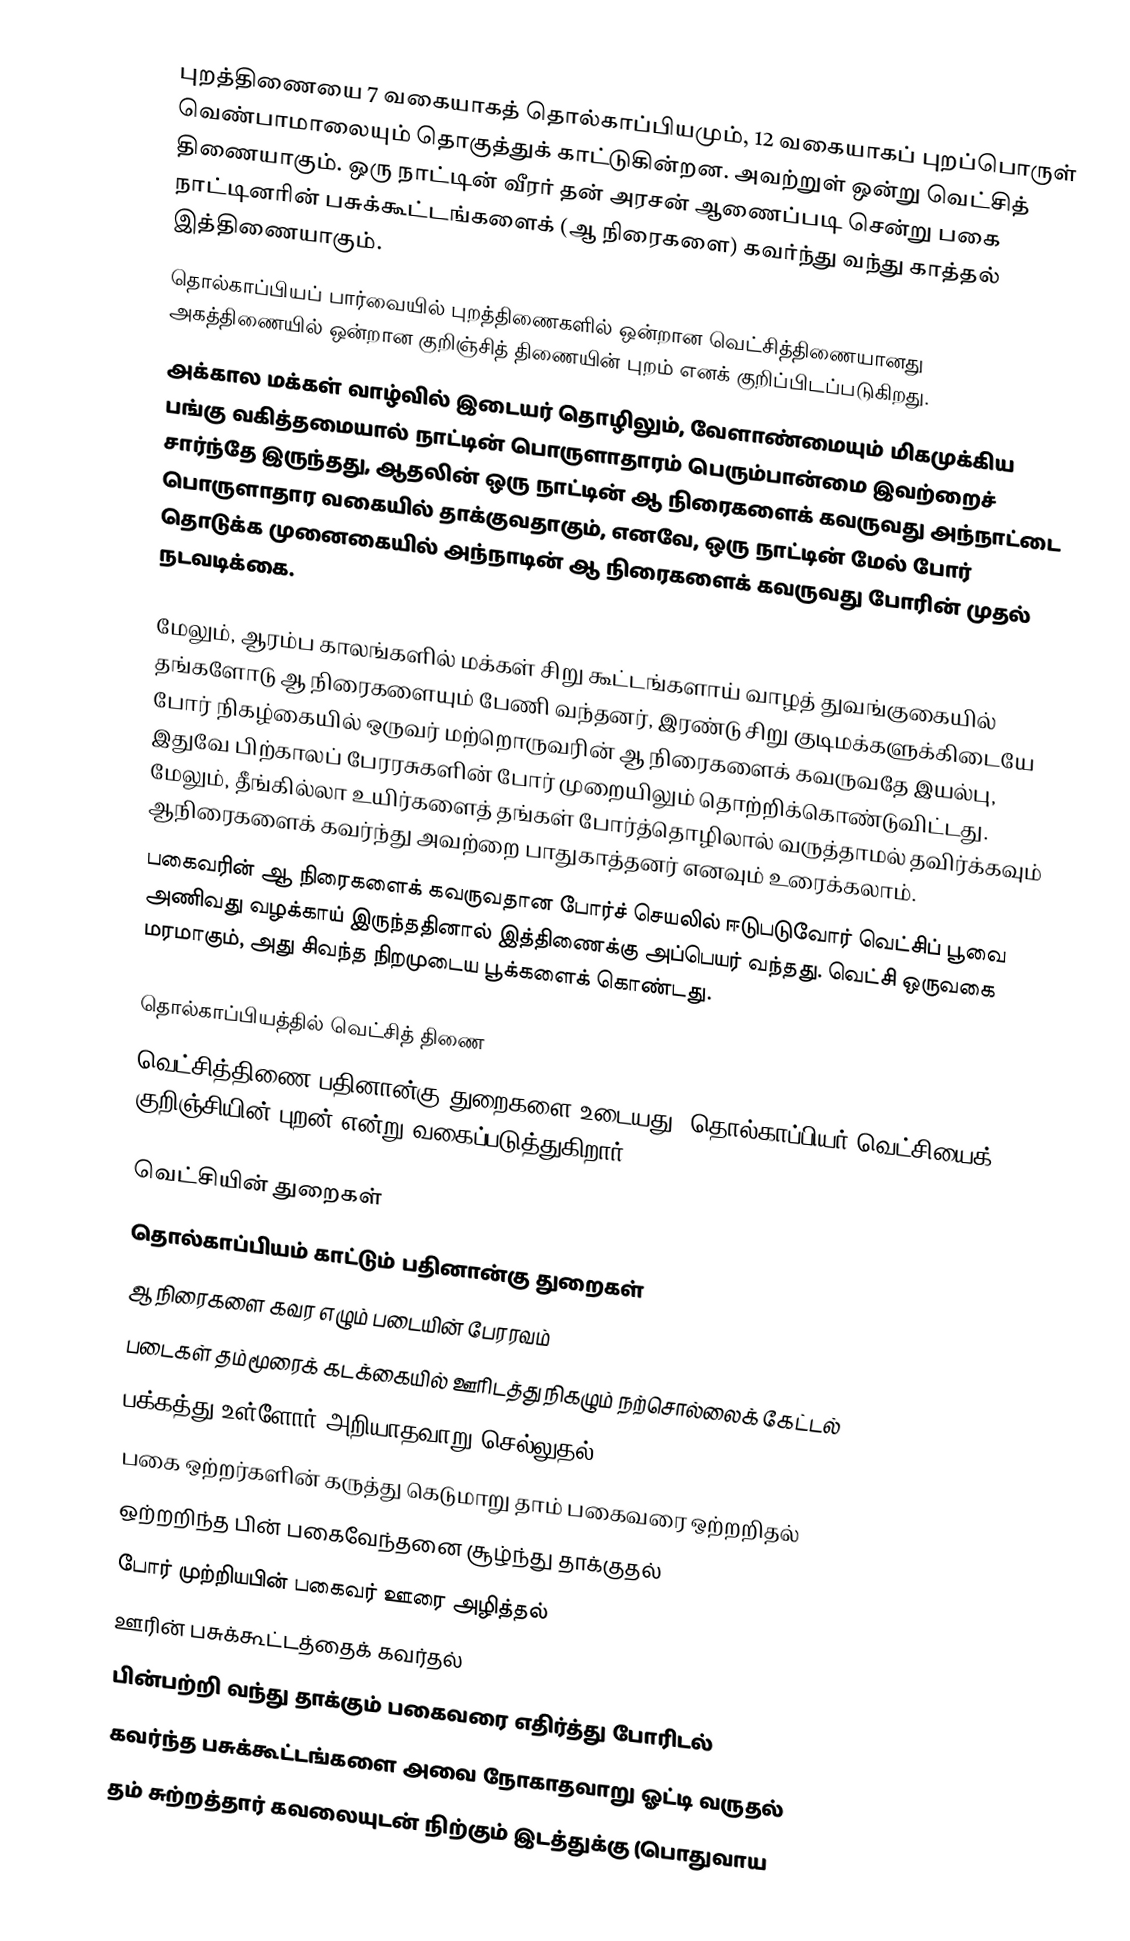
புறத்திணையை 7 வகையாகத் தொல்காப்பியமும், 12 வகையாகப் புறப்பொருள் வெண்பாமாலையும் தொகுத்துக் காட்டுகின்றன. அவற்றுள் ஒன்று வெட்சித் திணையாகும். ஒரு நாட்டின் வீரர் தன் அரசன் ஆணைப்படி சென்று பகை நாட்டினரின் பசுக்கூட்டங்களைக் (ஆ நிரைகளை) கவர்ந்து வந்து காத்தல் இத்திணையாகும்.
 தொல்காப்பியப் பார்வையில் புறத்திணைகளில் ஒன்றான வெட்சித்திணையானது அகத்திணையில் ஒன்றான குறிஞ்சித் திணையின் புறம் எனக் குறிப்பிடப்படுகிறது.
அக்கால மக்கள் வாழ்வில் இடையர் தொழிலும், வேளாண்மையும் மிகமுக்கிய பங்கு வகித்தமையால் நாட்டின் பொருளாதாரம் பெரும்பான்மை இவற்றைச் சார்ந்தே இருந்தது, ஆதலின் ஒரு நாட்டின் ஆ நிரைகளைக் கவருவது அந்நாட்டை பொருளாதார வகையில் தாக்குவதாகும், எனவே, ஒரு நாட்டின் மேல் போர் தொடுக்க முனைகையில் அந்நாடின் ஆ நிரைகளைக் கவருவது போரின் முதல் நடவடிக்கை.

மேலும், ஆரம்ப காலங்களில் மக்கள் சிறு கூட்டங்களாய் வாழத் துவங்குகையில் தங்களோடு ஆ நிரைகளையும் பேணி வந்தனர், இரண்டு சிறு குடிமக்களுக்கிடையே போர் நிகழ்கையில் ஒருவர் மற்றொருவரின் ஆ நிரைகளைக் கவருவதே இயல்பு, இதுவே பிற்காலப் பேரரசுகளின் போர் முறையிலும் தொற்றிக்கொண்டுவிட்டது. மேலும், தீங்கில்லா உயிர்களைத் தங்கள் போர்த்தொழிலால் வருத்தாமல் தவிர்க்கவும் ஆநிரைகளைக் கவர்ந்து அவற்றை பாதுகாத்தனர் எனவும் உரைக்கலாம்.
பகைவரின் ஆ நிரைகளைக் கவருவதான போர்ச் செயலில் ஈடுபடுவோர் வெட்சிப் பூவை அணிவது வழக்காய் இருந்ததினால் இத்திணைக்கு அப்பெயர் வந்தது. வெட்சி ஒருவகை மரமாகும், அது சிவந்த நிறமுடைய பூக்களைக் கொண்டது.

தொல்காப்பியத்தில் வெட்சித் திணை
வெட்சித்திணை பதினான்கு துறைகளை  உடையது. தொல்காப்பியர் வெட்சியைக் குறிஞ்சியின் புறன் என்று வகைப்படுத்துகிறார்

வெட்சியின் துறைகள்
தொல்காப்பியம் காட்டும் பதினான்கு துறைகள்
ஆ நிரைகளை கவர எழும் படையின் பேரரவம்
படைகள் தம்மூரைக் கடக்கையில் ஊரிடத்து நிகழும் நற்சொல்லைக் கேட்டல்
பக்கத்து உள்ளோர் அறியாதவாறு செல்லுதல்
பகை ஒற்றர்களின் கருத்து கெடுமாறு தாம் பகைவரை ஒற்றறிதல்
ஒற்றறிந்த பின் பகைவேந்தனை சூழ்ந்து தாக்குதல்
போர் முற்றியபின் பகைவர் ஊரை அழித்தல்
ஊரின் பசுக்கூட்டத்தைக் கவர்தல்
பின்பற்றி வந்து தாக்கும் பகைவரை எதிர்த்து போரிடல்
கவர்ந்த பசுக்கூட்டங்களை அவை நோகாதவாறு ஓட்டி வருதல்
தம் சுற்றத்தார் கவலையுடன் நிற்கும் இடத்துக்கு (பொதுவாய